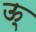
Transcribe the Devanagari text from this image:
ऊ्